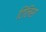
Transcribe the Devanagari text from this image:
टिलिस